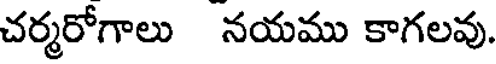
చర్మరోగాలు నయము కాగలవు.